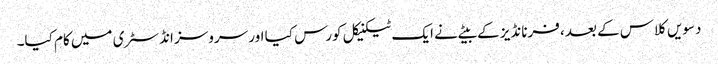
دسویں کلاس کے بعد، فرنانڈیز کے بیٹے نے ایک ٹیکنیکل کورس کیا اور سروسز انڈسٹری میں کام کیا۔